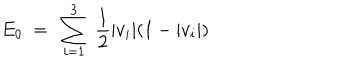
LaTeX: E _ { 0 } \ = \ \sum _ { i = 1 } ^ { 3 } \ { \frac { 1 } { 2 } } | v _ { i } | ( 1 - | v _ { i } | )